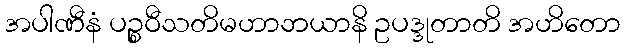
အပါဏီနံ ပဉ္စဝီသတိမဟာဘယာနိ ဥပဒ္ဒုတာတိ အဟိတော